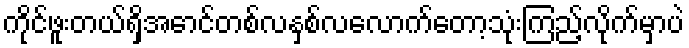
ကိုင်ဖူးတယ်ရှိအောင်တစ်လနှစ်လလောက်တော့သုံးကြည့်လိုက်မှာပဲ